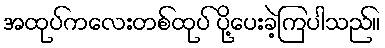
အထုပ်ကလေးတစ်ထုပ် ပို့ပေးခဲ့ကြပါသည်။